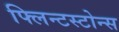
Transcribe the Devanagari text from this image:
फ्लिन्टस्टोन्स